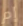
إم